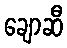
ချောဆီ